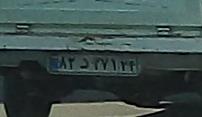
۸۲د۲۷۱۲۴